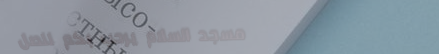
مسجد السلام يرحب بكم للصل